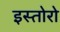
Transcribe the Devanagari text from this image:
इस्तोरो